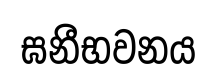
ඝනීභවනය